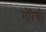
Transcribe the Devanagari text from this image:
गोरेची